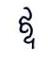
ឳ